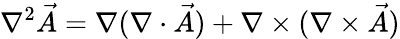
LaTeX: \nabla^{2}{\vec{A}}=\nabla(\nabla\cdot{\vec{A}})+\nabla\times(\nabla\times{\vec{A}})